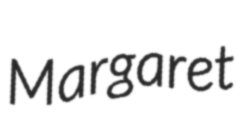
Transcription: Margaret